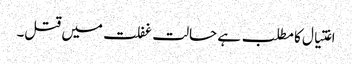
اغتیال کا مطلب ہے حالت غفلت میں قتل۔